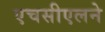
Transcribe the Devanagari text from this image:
एचसीएलने